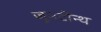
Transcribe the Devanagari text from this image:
जूनटीन्थ